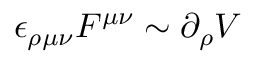
\epsilon _ { \rho \mu \nu } F ^ { \mu \nu } \sim \partial _ { \rho } V